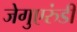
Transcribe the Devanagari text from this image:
जेगुएरुंडी